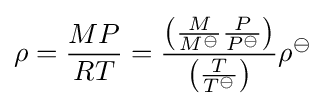
\rho ={\frac {MP}{RT}}={\frac {\left({\frac {M}{M^{\ominus }}}{\frac {P}{P^{\ominus }}}\right)}{\left({\frac {T}{T^{\ominus }}}\right)}}\rho ^{\ominus }